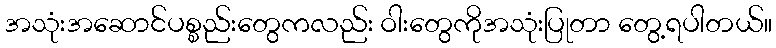
အသုံးအဆောင်ပစ္စည်းတွေကလည်း ဝါးတွေကိုအသုံးပြုတာ တွေ့ရပါတယ်။